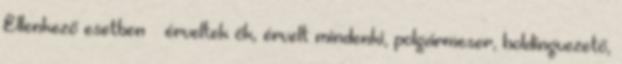
Ellenkező esetben – érveltek ők, érvelt mindenki, polgármeser, holdingvezető,